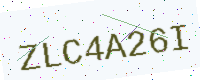
Text: ZLC4A26I